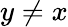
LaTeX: y\ne x